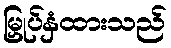
မြှုပ်နှံထားသည်